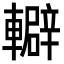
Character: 䡶